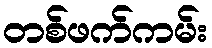
တစ်ဖက်ကမ်း